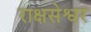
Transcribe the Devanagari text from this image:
राक्षसेश्वर